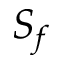
S _ { f }